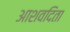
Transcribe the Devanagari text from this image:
आशवदिता